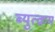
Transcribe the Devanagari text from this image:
ब्युत्क्रम